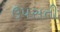
ઉપસતી